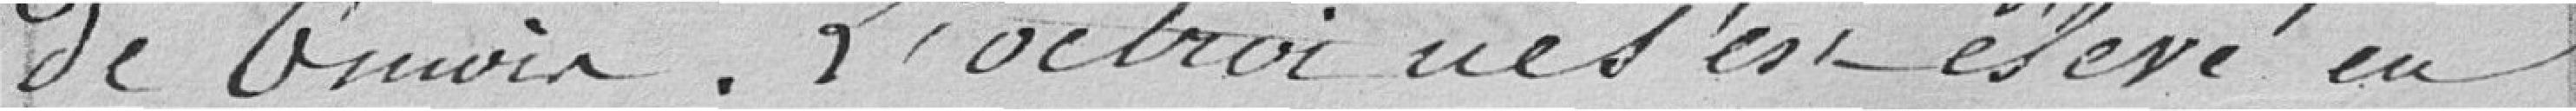
de 6 mois. L'octroi ne s'est élevé en